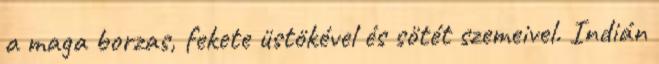
a maga borzas, fekete üstökével és sötét szemeivel. Indián